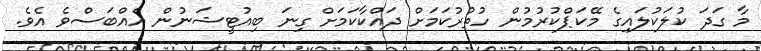
މާ ގަދަ ކުލަކުލައިގެ މޭކަޕްކުރުމުން ހުތުރުކަމަށް ދައްކާކަމަށް ގިނަ ބިއުޓީޝަނުން އެއްބަސްވެ އެވެ.